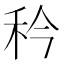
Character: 𬓢